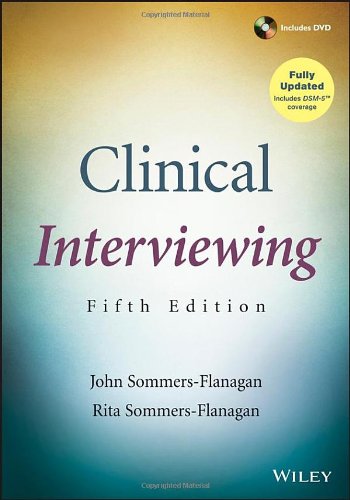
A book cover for Clinical Interviewing; John Sommers-Flanagan; Medical Books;